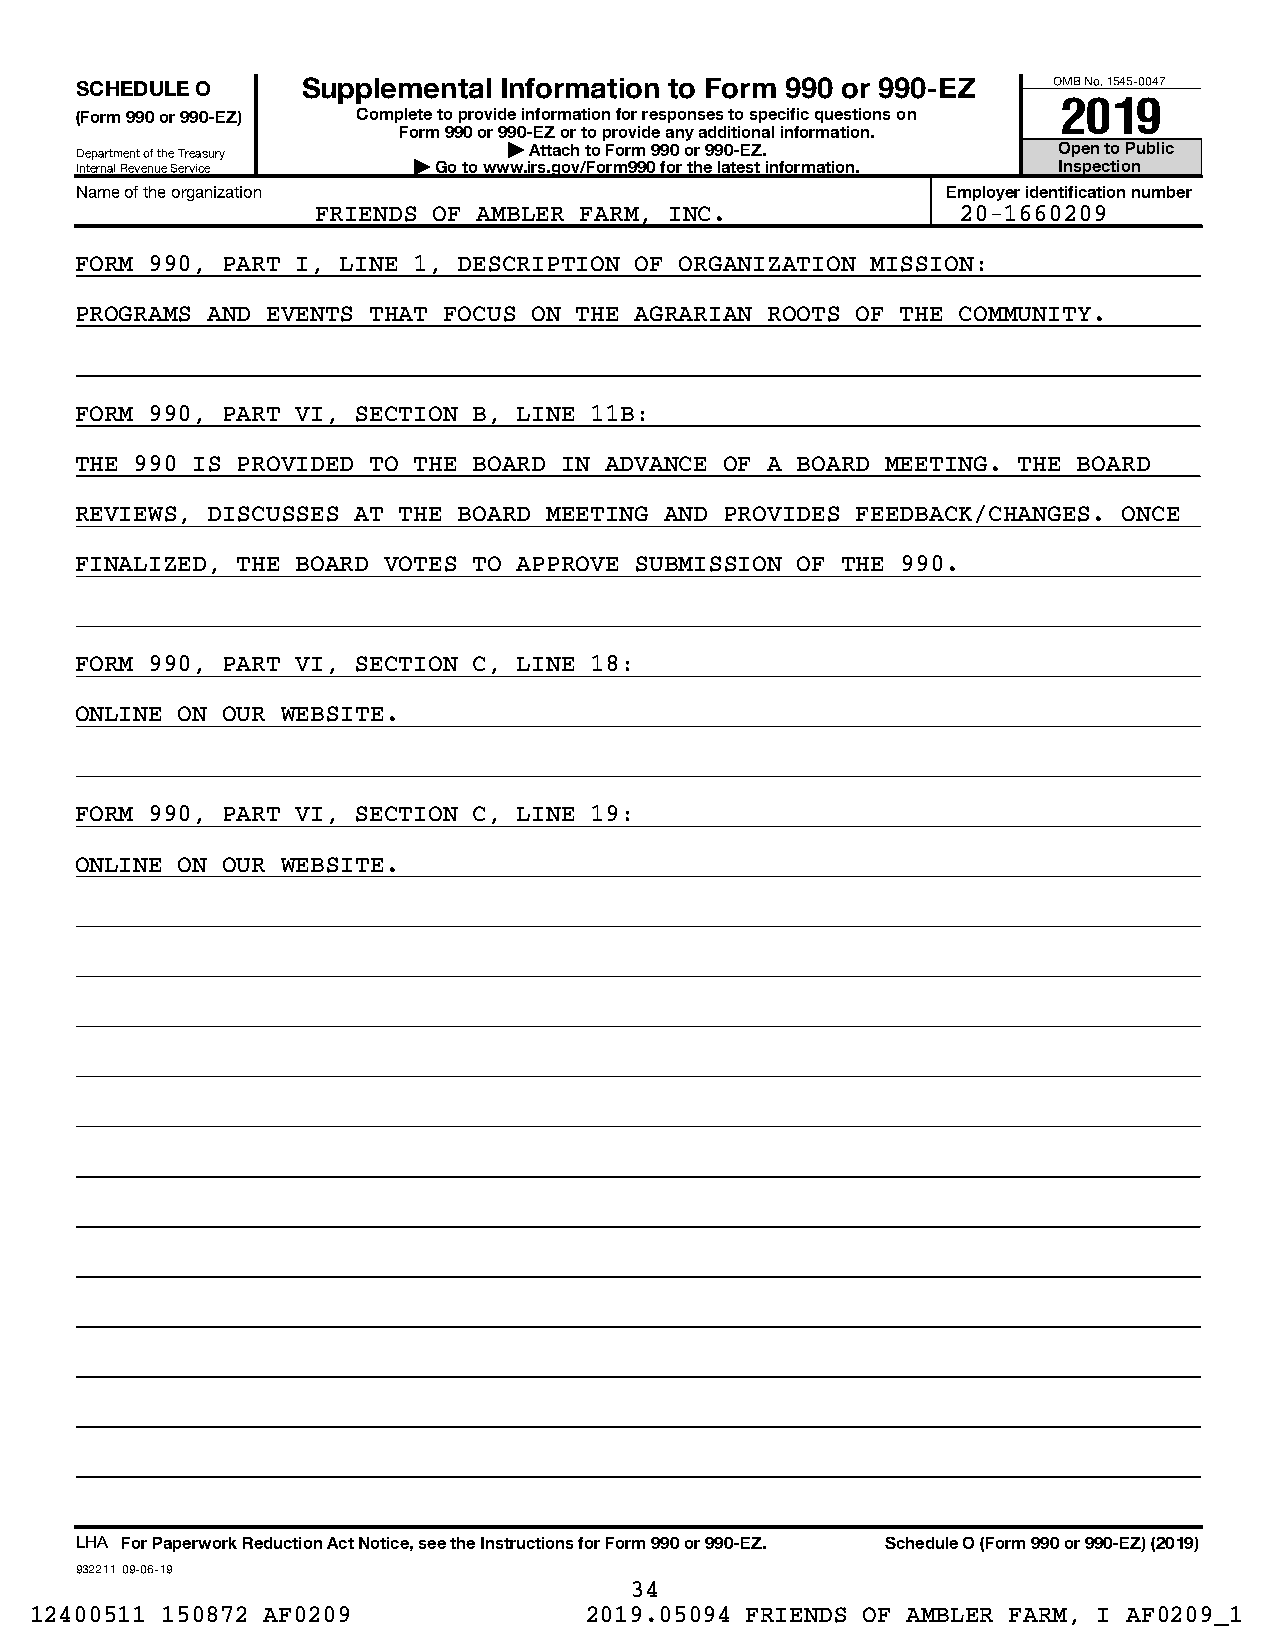
SCHEDULE O     Supplemental Information to Form 990 or 990-EZ    OMB No. 1545-0047
 2019
 (Form 990 or 990-EZ) Complete to provide information for responses to specific questions on
 Form 990 or 990-EZ or to provide any additional information.
 Department of the Treasury   | Attach to Form 990 or 990-EZ.     Open to Public
 Internal Revenue Service | Go to www.irs.gov/Form990 for the latest information. Inspection
 Name of the organization                                  Employer identification number
 FRIENDS OF AMBLER FARM, INC.               20-1660209
 FORM 990, PART I, LINE 1, DESCRIPTION OF ORGANIZATION MISSION:
 PROGRAMS AND EVENTS THAT FOCUS ON THE AGRARIAN ROOTS OF THE COMMUNITY.
 FORM 990, PART VI, SECTION B, LINE 11B:
 THE 990 IS PROVIDED TO THE BOARD IN ADVANCE OF A BOARD MEETING. THE BOARD
 REVIEWS, DISCUSSES AT THE BOARD MEETING AND PROVIDES FEEDBACK/CHANGES. ONCE
 FINALIZED, THE BOARD VOTES TO APPROVE SUBMISSION OF THE 990.
 FORM 990, PART VI, SECTION C, LINE 18:
 ONLINE ON OUR WEBSITE.
 FORM 990, PART VI, SECTION C, LINE 19:
 ONLINE ON OUR WEBSITE.
 LHA For Paperwork Reduction Act Notice, see the Instructions for Form 990 or 990-EZ. Schedule O (Form 990 or 990-EZ) (2019)
 932211 09-06-19
 34
 12400511 150872 AF0209               2019.05094 FRIENDS OF AMBLER FARM, I AF0209_1